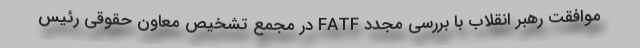
موافقت رهبر انقلاب با بررسی مجدد FATF در مجمع تشخیص معاون حقوقی رئیس